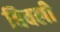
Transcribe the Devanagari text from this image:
बिवली